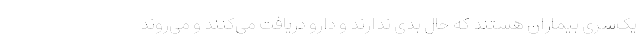
یک‌سری بیماران هستند که حال بدی ندارند و دارو دریافت می‌کنند و می‌روند